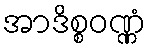
အာဒိစ္စဝဏ္ဏံ